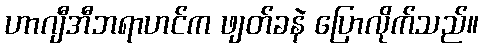
ဟာဂျီအီဘရာဟင်က ဖျတ်ခနဲ ပြောလိုက်သည်။